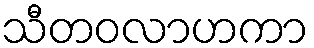
သီတဝလာဟကာ